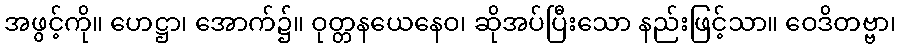
အဖွင့်ကို။ ဟေဋ္ဌာ၊ အောက်၌။ ဝုတ္တနယေနေဝ၊ ဆိုအပ်ပြီးသော နည်းဖြင့်သာ။ ဝေဒိတဗ္ဗာ၊